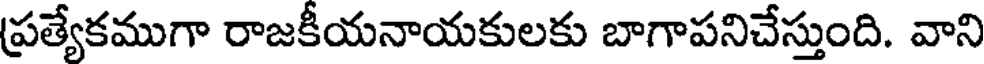
ప్రత్యేకముగా రాజకీయనాయకులకు బాగాపనిచేస్తుంది. వాని